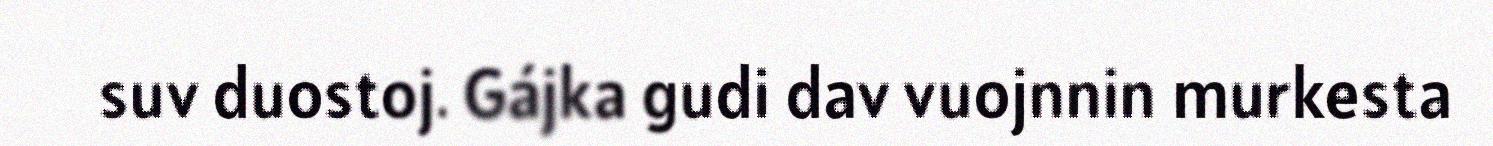
suv duostoj. Gájka gudi dav vuojnnin murkesta